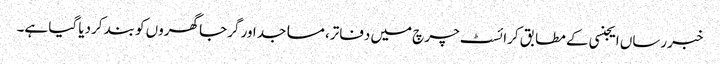
خبررساں ایجنسی کے مطابق کرائسٹ چرچ میں دفاتر، مساجد اور گرجا گھروں کو بند کردیا گیا ہے۔